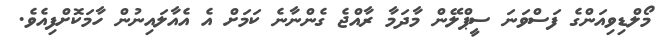
މޯލްޑިވިއަންގެ ފަސްވަނަ ސީޕްލޭން މާދަމާ ރާއްޖެ ގެންނާނެ ކަމަށް އެ އެއާލައިނުން ހާމަކޮށްފިއެވެ.